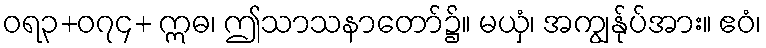
ဝရ၃+၀၇၄+ ဣဓ၊ ဤသာသနာတော်၌။ မယှံ၊ အကျွန်ုပ်အား။ ဧဝံ၊